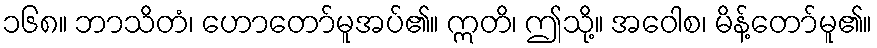
၁၆၈။ ဘာသိတံ၊ ဟောတော်မူအပ်၏။ ဣတိ၊ ဤသို့။ အဝေါစ၊ မိန့်တော်မူ၏။